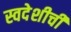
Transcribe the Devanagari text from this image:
स्वदेशीची